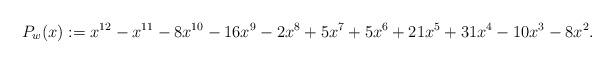
LaTeX: \begin{align*}P_w(x):=x^{12} - x^{11} - 8 x^{10} - 16 x^9 - 2 x^8 + 5 x^7 + 5 x^6 + 21 x^5 + 31 x^4 - 10 x^3 - 8 x^2.\end{align*}